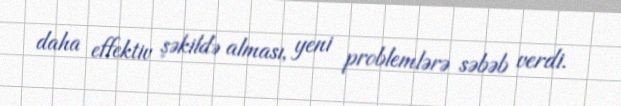
daha effektiv şəkildə alması, yeni problemlərə səbəb verdi.